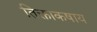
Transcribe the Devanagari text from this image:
तिक्ताकषाय